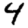
Digit: 4